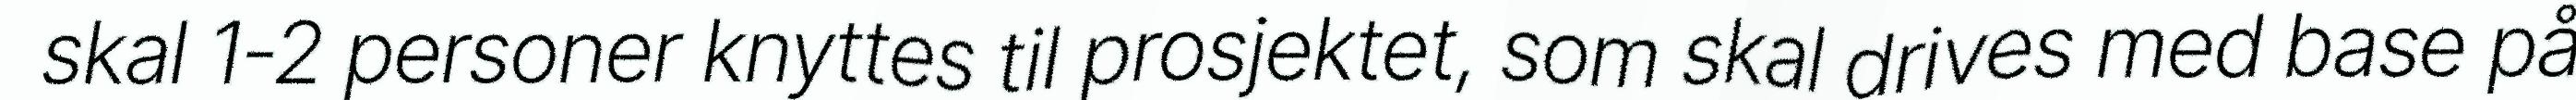
skal 1-2 personer knyttes til prosjektet, som skal drives med base på